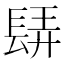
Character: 𨲀